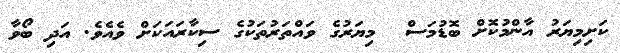
ކަށިމިޔަރު އާންމުކޮށް ބޮޑުމަސް  މިޔަރުގެ ވައްތަރުތަކުގެ ސިކާރައަކަށް ވެއެވެ. އަދި ބޯވާ